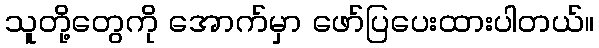
သူတို့တွေကို အောက်မှာ ဖော်ပြပေးထားပါတယ်။